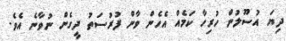
ދިޔަ އުސޫލުން ހުރިހާ ކަމެއް އެހެން ވާން ފުރުސަތު ދީގެން ނުވާނެ އެވެ.